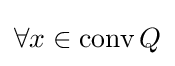
\forall x\in \operatorname {conv} Q